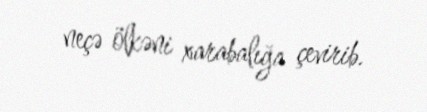
neçə ölkəni xarabalığa çevirib.